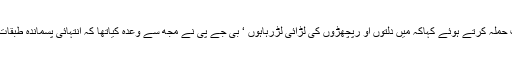
انہوں نے اترپردیش کی یوگی حکومت ( جس میں وہ وزیر ہیں) پر زبردست حملہ کرتے ہوئے کہاکہ میں دلتوں او رپچھڑوں کی لڑائی لڑرہاہوں ‘ بی جے پی نے مجھ سے وعدہ کیاتھا کہ انتہائی پسماندہ طبقات کو الگ سے تحفظات ملے گا اب تک بی جے پی نے اپنا پورہ نہیں کیاہے۔